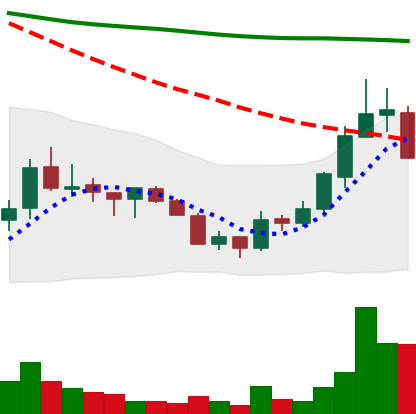
Ticker: ADA-USD
Chart end date: 2018-07-20
Forward return: 6.509%
Label: up_5_7